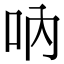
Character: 吶